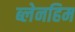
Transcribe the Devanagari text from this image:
ब्लेनहिम